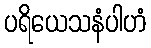
ပရိယေသနံပါဟံ